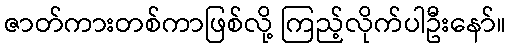
ဇာတ်ကားတစ်ကာဖြစ်လို့ ကြည့်လိုက်ပါဦးနော်။